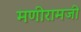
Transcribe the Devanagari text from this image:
मणीरामजी